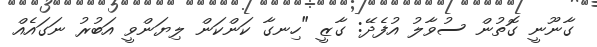
ގާނޫނީ ގޮތުން ސުވާލު އުފެދޭ: ގާޒީ "ހިނގާ ކަންކަން ލިޔަންވީ އަބުރު ނަގައެއް